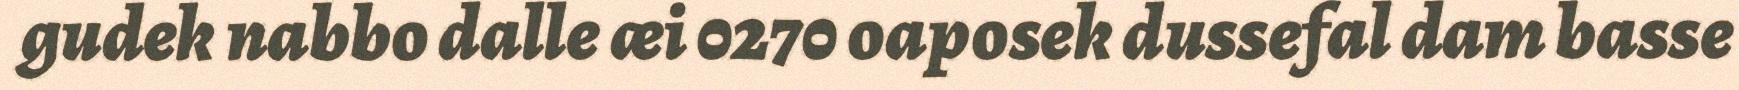
gudek nabbo dalle æi 0270 oaposek dussefal dam basse